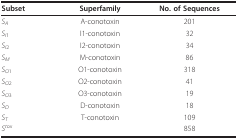
<table><thead><tr><td><b>Subset</b></td><td><b>Superfamily</b></td><td><b>No. of Sequences</b></td></tr></thead><tbody><tr><td><i>S<sub>A</sub></i></td><td>A-conotoxin</td><td>201</td></tr><tr><td><i>S</i><sub><i>I</i>1</sub></td><td>I1-conotoxin</td><td>32</td></tr><tr><td><i>S</i><sub><i>I</i>2</sub></td><td>I2-conotoxin</td><td>34</td></tr><tr><td><i>S<sub>M</sub></i></td><td>M-conotoxin</td><td>86</td></tr><tr><td><i>S</i><sub><i>O</i>1</sub></td><td>O1-conotoxin</td><td>318</td></tr><tr><td><i>S</i><sub><i>O</i>2</sub></td><td>O2-conotoxin</td><td>41</td></tr><tr><td><i>S</i><sub><i>O</i>3</sub></td><td>O3-conotoxin</td><td>19</td></tr><tr><td><i>S<sub>D</sub></i></td><td>D-conotoxin</td><td>18</td></tr><tr><td><i>S<sub>T</sub></i></td><td>T-conotoxin</td><td>109</td></tr><tr><td><i>S<sup>tox</sup></i></td><td></td><td>858</td></tr></tbody></table>